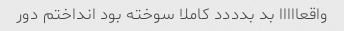
واقعااااا بد بدددد کاملا سوخته بود انداختم دور